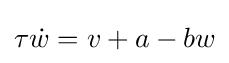
\tau {\dot {w}}=v+a-bw